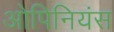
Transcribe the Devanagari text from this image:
ओपिनियंस